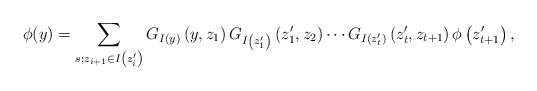
\begin{align*}\phi(y)=\sum_{s ; z_{i+1} \in I\left(z_{i}^{\prime}\right)} G_{I(y)}\left(y, z_{1}\right) G_{I\left(z_{1}^{\prime}\right)}\left(z_{1}^{\prime}, z_{2}\right) \cdots G_{I\left(z_{t}^{\prime}\right)}\left(z_{t}^{\prime}, z_{t+1}\right) \phi\left(z_{t+1}^{\prime}\right),\end{align*}